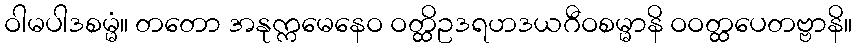
ဝါမပါဒစမ္မံ။ တတော အနုက္ကမေနေဝ ဝတ္ထိဥဒရဟဒယဂီဝစမ္မာနိ ဝဝတ္ထပေတဗ္ဗာနိ။